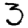
Digit: 3